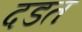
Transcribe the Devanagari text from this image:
दडत